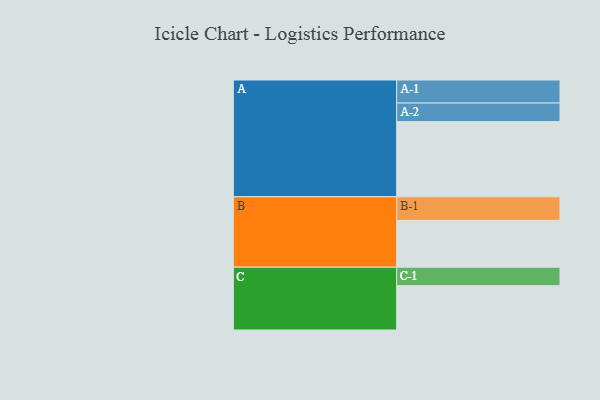
{"axis": {"x": "Segment", "y": "Value"}, "legend": ["", "A", "B", "C"], "data": [{"x": "A", "y": 571, "type": ""}, {"x": "B", "y": 356, "type": ""}, {"x": "C", "y": 337, "type": ""}, {"x": "A-1", "y": 175, "type": "A"}, {"x": "A-2", "y": 141, "type": "A"}, {"x": "B-1", "y": 179, "type": "B"}, {"x": "C-1", "y": 140, "type": "C"}]}